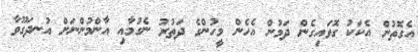
އެގޮތުން އެކަކު ގޮވައިގެން ދަމުން އެހެން މީހުންގެ ދަތުރު ނެގުމާއި އާންމުންނަށް އުނދަގޫވާ